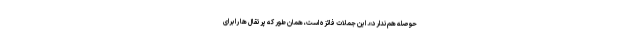
حوصله هم ندارد». این جملات فائزه است، همان طور که پرتقال ها را برای